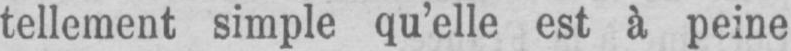
tellement simple qu’elle est à peine